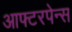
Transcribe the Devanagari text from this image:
आफ्टरपेन्स